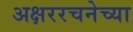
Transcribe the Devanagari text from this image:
अक्षररचनेच्या